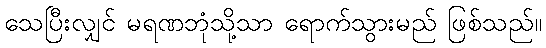
သေပြီးလျှင် မရဏဘုံသို့သာ ရောက်သွားမည် ဖြစ်သည်။